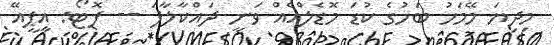
މިދިޔަ މޭމަހު ބަހުގެ ކުޑަ މޮޑެލްއެއް ވަނީ ދައްކާލާފަ -- ފޮޓޯ: އީޕީއޭ